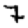
Digit: 7